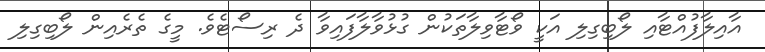
އާއިލާފުއްޓާއި ލޯބިގިލި އަކީ ވޯޓާވިލާތަކުން ގުޅުވާލާފައިވާ ދެ ރިސޯޓެވެ. މީގެ ތެރެއިން ލޯބިގިލި